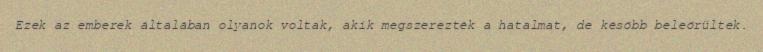
Ezek az emberek általában olyanok voltak, akik megszerezték a hatalmat, de később beleőrültek.